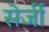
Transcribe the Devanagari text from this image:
सेर्जी